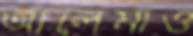
আলেমাও